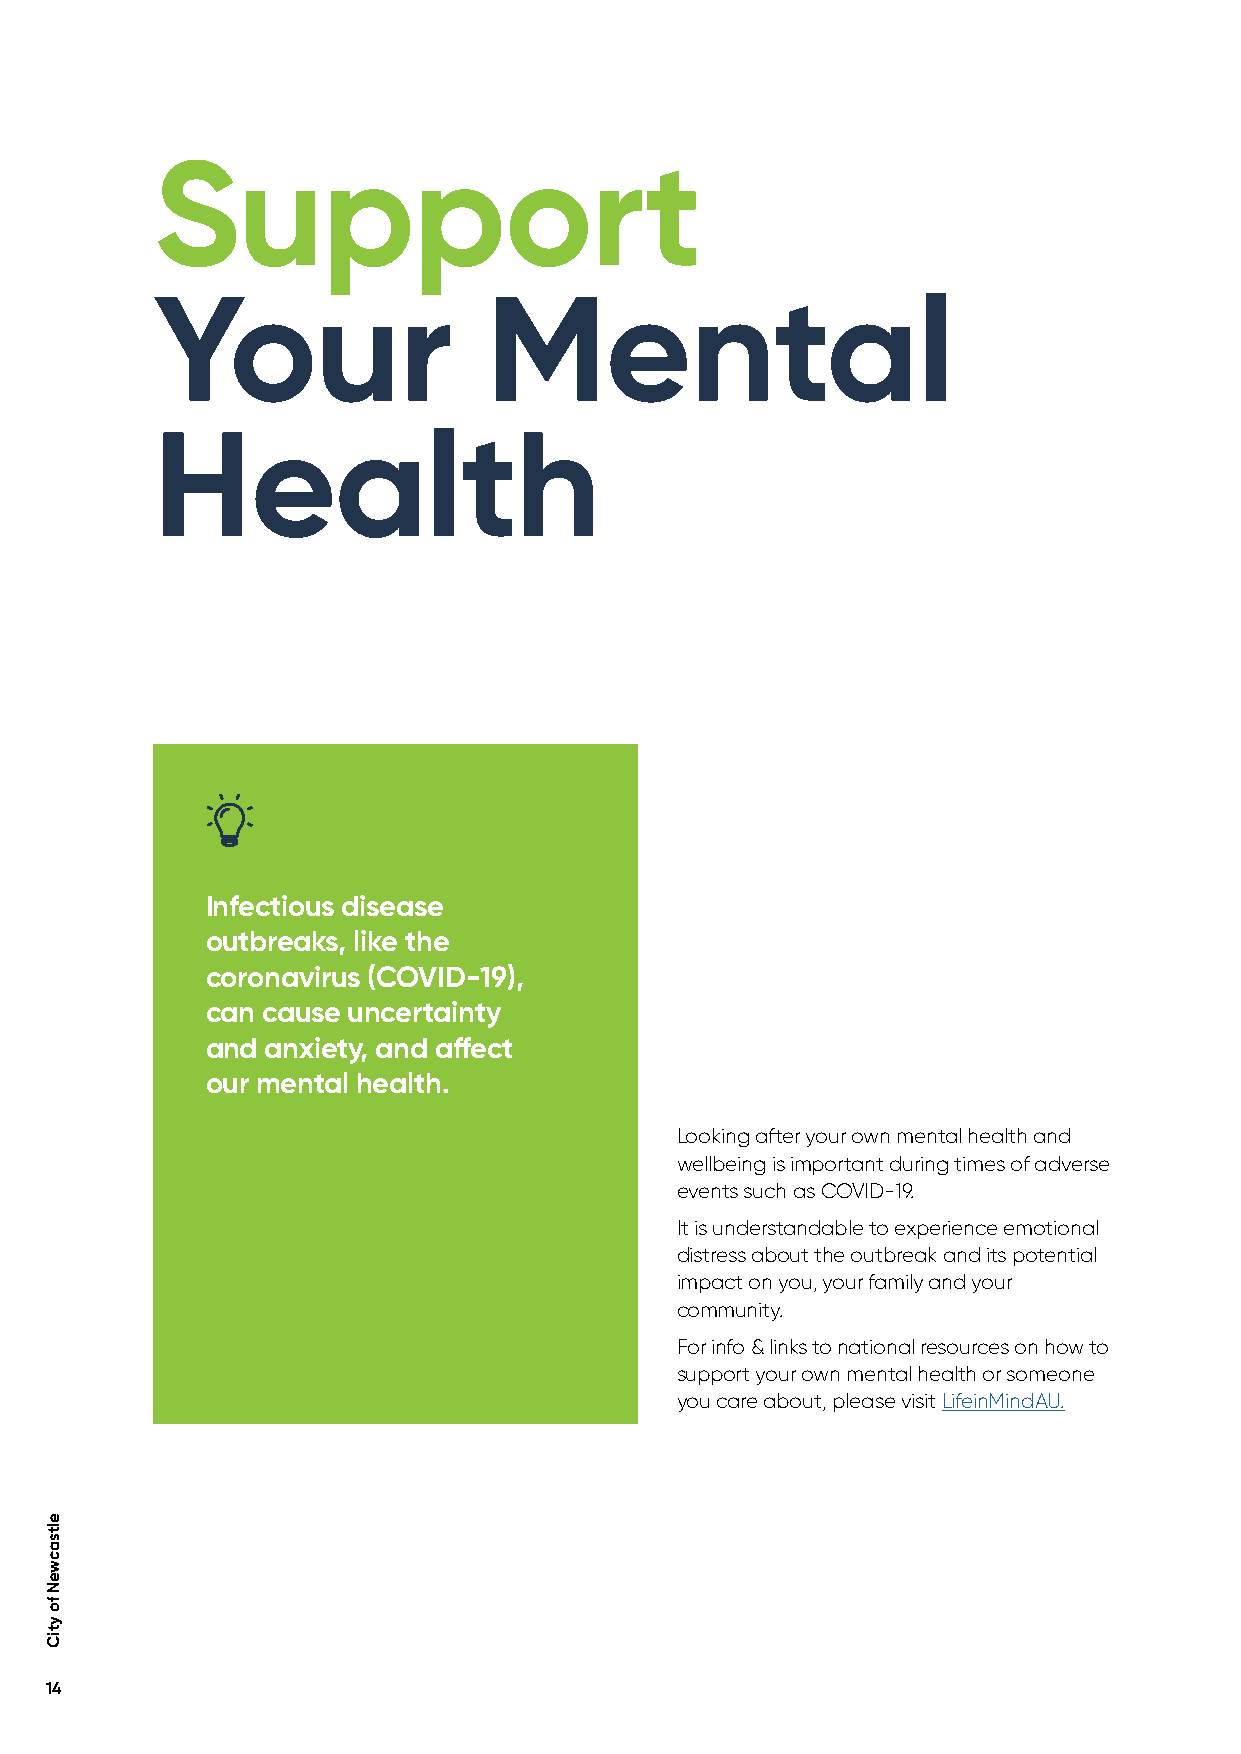
Support
 Your                  Mental
 Health
 Infectious disease
 outbreaks, like the
 coronavirus (COVID-19),
 can cause uncertainty
 and anxiety, and affect
 our mental health.
 Looking after your own mental health and
 wellbeing is important during times of adverse
 events such as COVID-19.
 It is understandable to experience emotional
 distress about the outbreak and its potential
 impact on you, your family and your
 community.
 For info & links to national resources on how to
 support your own mental health or someone
 you care about, please visit LifeinMindAU.
 14
 eltsacweN
 fo
 ytiC